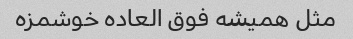
مثل همیشه فوق العاده خوشمزه